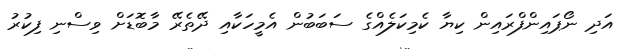
އަދި ނޯޕައިންފްރައިން ކިޔާ ކެމިކަލެއްގެ ސަބަބުން އެމީހަކާއި ދޭތެރޭ މާބޮޑަށް ވިސްނި ފިކުރު